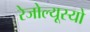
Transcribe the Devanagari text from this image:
रेजोल्यूस्यो